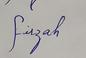
Signature authenticity: genuine